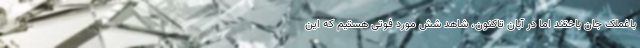
باغملک جان باختند اما در آبان تاکنون، شاهد شش مورد فوتی هستیم که این